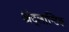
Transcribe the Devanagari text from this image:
अंट्लान्टिक